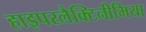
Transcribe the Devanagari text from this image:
हाइपरलैक्टिनीमिया